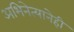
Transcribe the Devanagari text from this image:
अभिनेत्यानेही